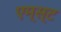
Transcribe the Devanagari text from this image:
एम्स्ट